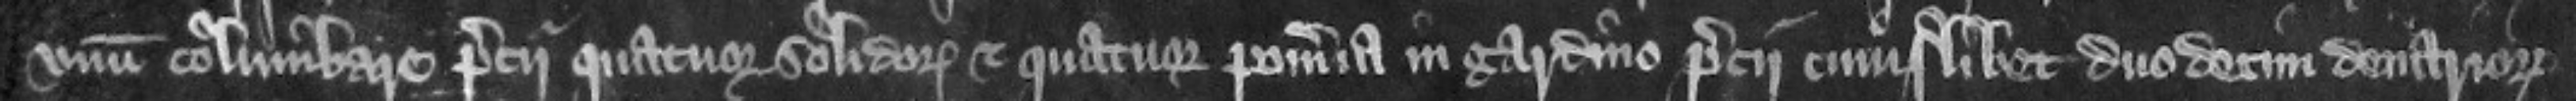
num columbare precii quatuor solidorum et quatuor pomeria in gardino precii cuiuslibet duodecim denariorum